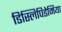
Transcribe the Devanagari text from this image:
डिस्लिपिडेमिया